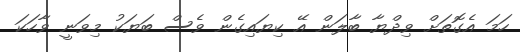
ހަމަ އެގޮތަށް ވިދްޔާ ބާލަން އޭ ކިޔައިގެން ވެސް ބަޔަކު މިވަނީ ވާހަކަ